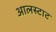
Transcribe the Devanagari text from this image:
आलस्टाट